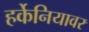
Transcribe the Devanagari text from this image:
हर्केनियावर